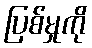
ပြစ်မှုကို